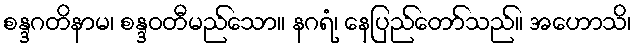
စန္ဒဂတိနာမ၊ စန္ဒဝတီမည်သော။ နဂရံ၊ နေပြည်တော်သည်။ အဟောသိ၊